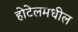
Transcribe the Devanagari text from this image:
होटेलमधील